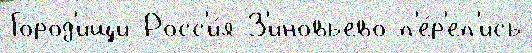
Город'ищи Росс'и́я З'иновьево п'е́р'еп'ись